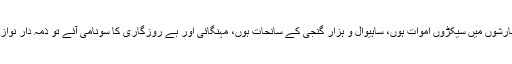
لیکن انہیں بارشوں میں سیکڑوں اموات ہوں، ساہیوال و ہزار گنجی کے سانحات ہوں، مہنگائی اور بے روزگاری کا سونامی آئے تو ذمہ دار نواز شریف ہیں۔